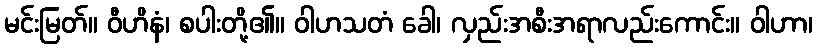
မင်းမြတ်။ ဝီဟိနံ၊ စပါးတို့၏။ ဝါဟသတံ ခေါ၊ လှည်းအစီးအရာလည်းကောင်း။ ဝါဟာ၊